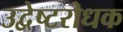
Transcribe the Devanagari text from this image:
उद्वेष्टरोधक